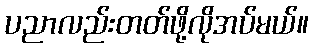
ပညာလည်းတတ်ဖို့လိုအပ်မယ်။